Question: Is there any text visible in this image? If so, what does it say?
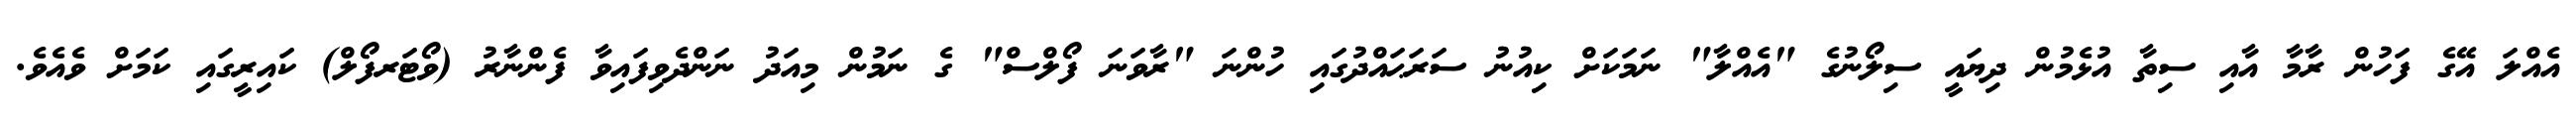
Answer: އެއްލަ އޭގެ ފަހުން ރާމާ އާއި ސިތާ އުޅެމުން ދިޔައީ ސިލޯނުގެ "އެއްލާ" ނަމަކަށް ކިއުނު ސަރަޙައްދުގައި ހުންނަ "ރާވަނަ ފޯލްސް" ގެ ނަމުން މިއަދު ނަންދެވިފައިވާ ފެންނާރު (ވޯޓަރފޯލް) ކައިރީގައި ކަމަށް ވެއެވެ.